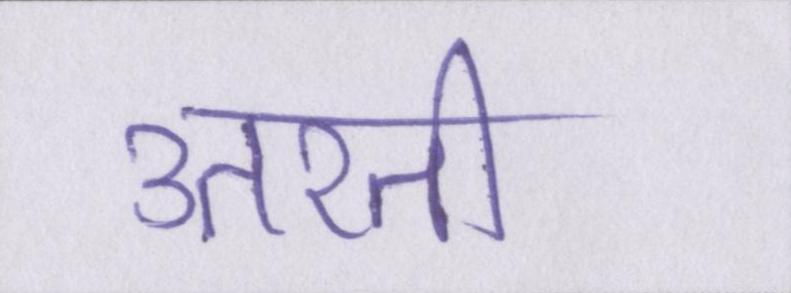
उतरती